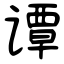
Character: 谭